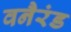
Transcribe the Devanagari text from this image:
वनैरंड